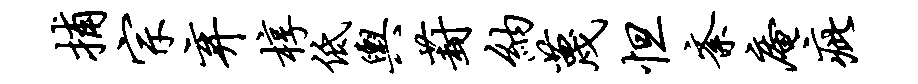
捕宗弃椁低舆葑纳蔑怛紊庵疵